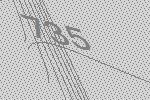
735